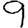
Digit: 9